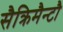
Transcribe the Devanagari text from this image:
सैक्रिमैन्टौ